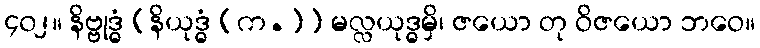
၄၀၂။ နိဗ္ဗုဒ္ဓံ [နိယုဒ္ဓံ (က.)] မလ္လယုဒ္ဓမှိ၊ ဇယော တု ဝိဇယော ဘဝေ။